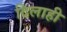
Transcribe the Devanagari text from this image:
दिलाही